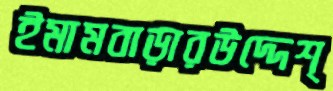
ইমামবাড়ারউদ্দেশ্